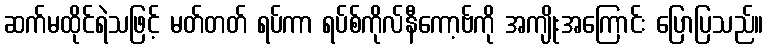
ဆက်မထိုင်ရဲသဖြင့် မတ်တတ် ရပ်ကာ ရပ်စ်ကိုလ်နီကော့ဗ်ကို အကျိုးအကြောင်း ပြောပြသည်။